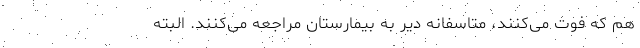
هم که فوت می‌کنند، متاسفانه دیر به بیمارستان مراجعه می‌کنند. البته